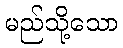
မည်သို့သော